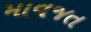
માવજત